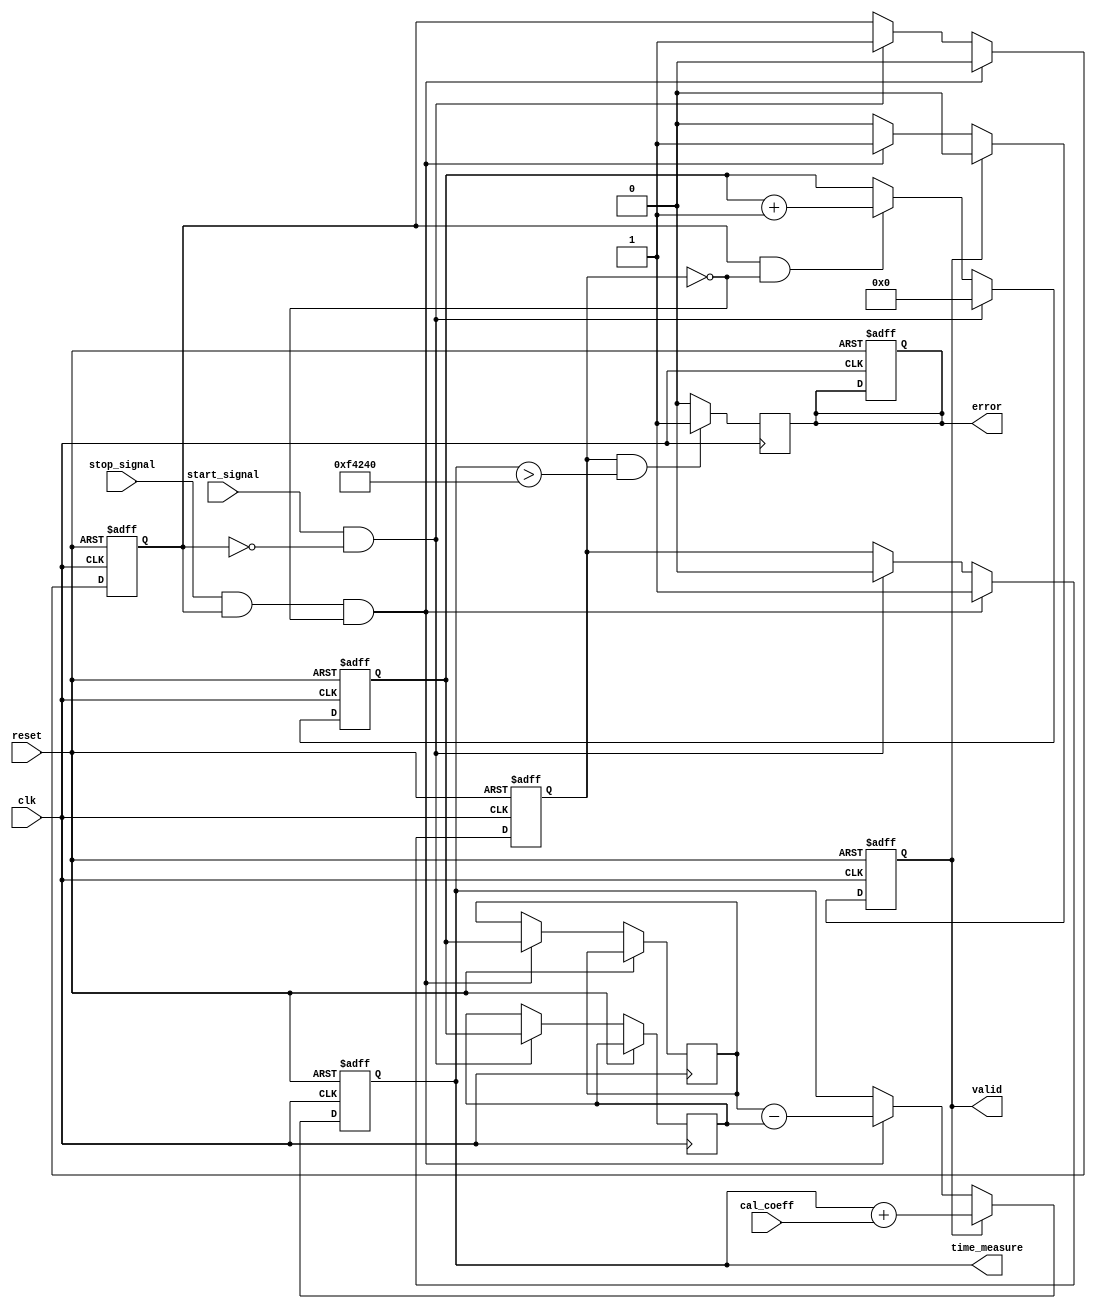
module TDC (
    input wire clk,                  // High-frequency clock input
    input wire reset,                // Asynchronous reset
    input wire start_signal,         // Start signal input
    input wire stop_signal,          // Stop signal input
    input wire [7:0] cal_coeff,      // Calibration coefficient input
    output reg [31:0] time_measure,  // Measured time interval output
    output reg valid,                // Valid output signal
    output reg error                 // Error signal output
);

    // Internal signals
    reg [31:0] counter;              // Binary counter
    reg start_detected;              // Start edge detection flag
    reg stop_detected;               // Stop edge detection flag
    reg [31:0] start_time;           // Timestamp for start
    reg [31:0] stop_time;            // Timestamp for stop

    // State machine for edge detection
    always @(posedge clk or posedge reset) begin
        if (reset) begin
            counter <= 32'b0;
            start_detected <= 1'b0;
            stop_detected <= 1'b0;
            time_measure <= 32'b0;
            valid <= 1'b0;
            error <= 1'b0;
        end else begin
            // Counter increments on clock cycles
            if (start_detected && !stop_detected) begin
                counter <= counter + 1;
            end
            
            // Start signal detection
            if (start_signal && !start_detected) begin
                start_time <= counter;     // Capture start time
                start_detected <= 1'b1;
                stop_detected <= 1'b0;     // Reset stop detection
                counter <= 32'b0;          // Reset counter upon start
            end
            
            // Stop signal detection
            if (stop_signal && start_detected && !stop_detected) begin
                stop_time <= counter;      // Capture stop time
                stop_detected <= 1'b1;
                time_measure <= stop_time - start_time; // Calculate time interval
                valid <= 1'b1;             // Indicate valid measurement
                start_detected <= 1'b0;    // Reset start detection
            end

            // Calibration logic (simple example)
            if (valid) begin
                time_measure <= time_measure + cal_coeff; // Apply calibration
                valid <= 1'b0;  // Reset valid signal until next measurement
            end
        end
    end

    // Error detection logic (example condition)
    always @(posedge clk) begin
        if (stop_detected && (time_measure > 32'd1000000)) begin // Arbitrary error condition
            error <= 1'b1; // Set error flag
        end else begin
            error <= 1'b0; // Clear error flag
        end
    end

endmodule